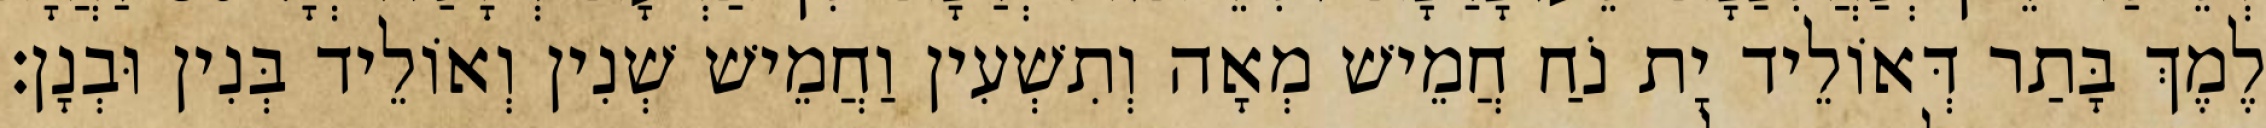
לֶמֶךְ בָּתַר דְּאוֹלֵיד יָת נֹחַ חֲמֵישׁ מְאָה וְתִשְׁעִין וַחֲמֵישׁ שְׁנִין וְאוֹלֵיד בְּנִין וּבְנָן׃